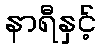
နာရီနှင့်